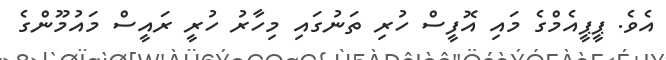
އެވެ. ޕީޕީއެމްގެ މައި އޮފީސް ހުރި ތަނުގައި މިހާރު ހުރީ ރައީސް މައުމޫންގެ